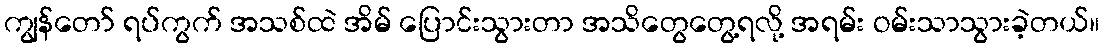
ကျွန်တော် ရပ်ကွက် အသစ်ထဲ အိမ် ပြောင်းသွားတာ အသိတွေတွေ့ရလို့ အရမ်း ဝမ်းသာသွားခဲ့တယ်။